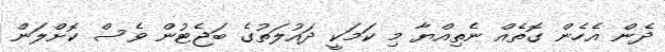
ދެން އެހެން ގޮތެއް ނެތިއްޔާ މި ކަމަކީ ދައުލަތުގެ ބަޖެޓުން ވެސް ކޮށްލަން